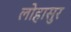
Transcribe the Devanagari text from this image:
लोहासुर